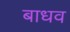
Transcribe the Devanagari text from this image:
बाधव